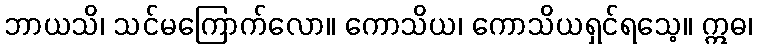
ဘာယသိ၊ သင်မကြောက်လော။ ကောသိယ၊ ကောသိယရှင်ရသေ့။ ဣဓ၊